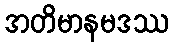
အတိမာနမဒဿ